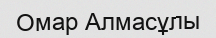
Омар Алмасұлы